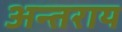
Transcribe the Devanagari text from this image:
अन्तराय